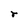
Character: r